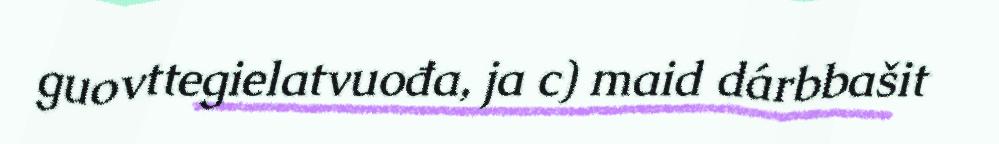
guovttegielatvuođa, ja c) maid dárbbašit